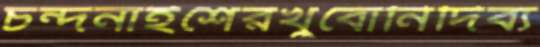
চন্দনাইশেরখুবোনিদিব্য